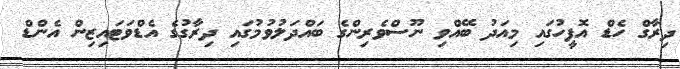
ދިރާގް ހެޑް އޮފީހުގައި މިއަދު ބޭއްވި ނޫސްވެރިންގެ ބައްދަލުވުމުގައި ދިރާގުގެ އެޑްވަޓައިޒިން އެންޑް